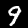
Label: 9